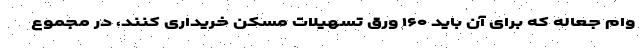
وام جعاله که برای آن باید ۱۶۰ ورق تسهیلات مسکن خریداری کنند، در مجموع